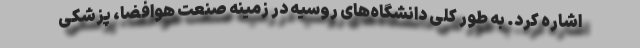
اشاره کرد. به طور کلی دانشگاه‌های روسیه در زمینه صنعت هوافضا، پزشکی